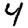
Digit: 4